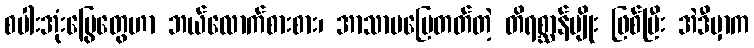
စပါးအုံးမြွေတွေဟာ ဘယ်လောက်စားစား၊ အာသာမပြေတတ်တဲ့ တိရစ္ဆာန်မျိုး ဖြစ်ပြီး အဲဒီမှာက